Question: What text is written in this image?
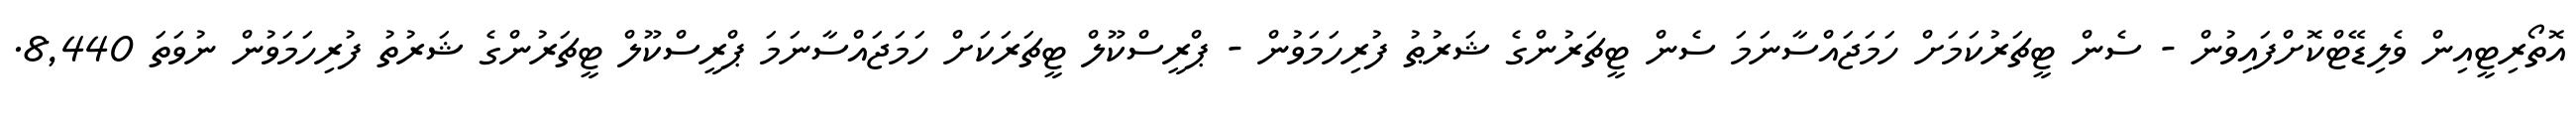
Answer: އޮތޯރިޓީއިން ވެލިޑޭޓްކޮށްފައިވުން - ސެން ޓީޗަރުކަމަށް ހަމަޖައްސާނަމަ ސެން ޓީޗަރުންގެ ޝަރުޠު ފުރިހަމަވުން - ޕްރީސްކޫލް ޓީޗަރަކަށް ހަމަޖައްސާނަމަ ޕްރީސްކޫލް ޓީޗަރުންގެ ޝަރުތު ފުރިހަމަވުން ނުވަތަ 8,440.